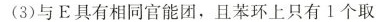
(3)与E具有相同官能团，且苯环上只有1个取